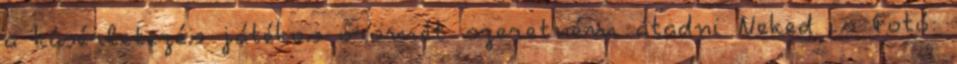
a kísérletezés játékos örömét szeretném átadni Neked is Fotó: